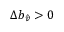
\Delta b _ { \hat { v } } > 0